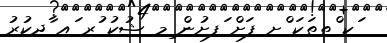
ަކ ްތތަކަ ްށ ފަށް ަފށުން ިމ ޝުކު ުރ ައ ާދކުރު